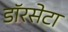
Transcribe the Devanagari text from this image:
डॉरसेटा